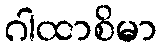
ဂါထာစိမာ